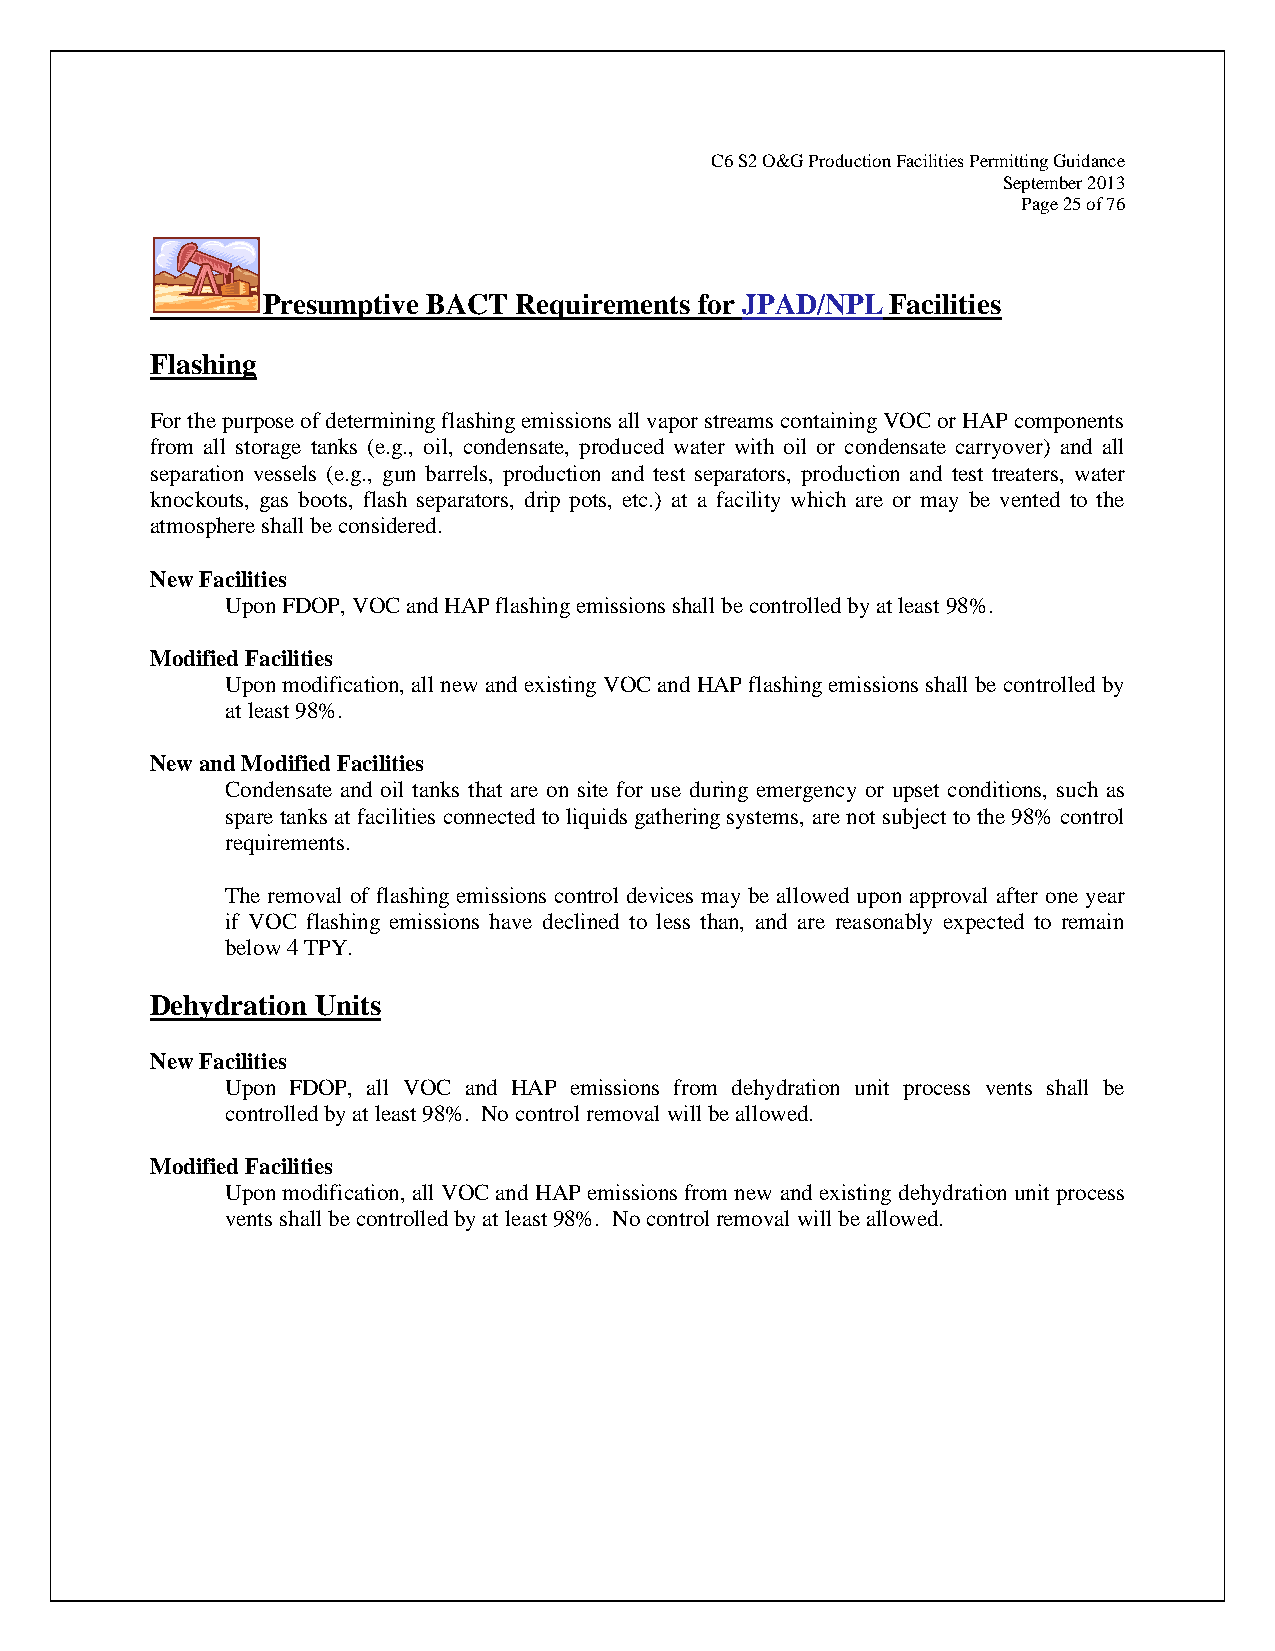
C6 S2 O&G Production Facilities Permitting Guidance
 September 2013
 Page 25 of 76
 Presumptive BACT Requirements for JPAD/NPL Facilities
 Flashing
 For the purpose of determining flashing emissions all vapor streams containing VOC or HAP components
 from all storage tanks (e.g., oil, condensate, produced water with oil or condensate carryover) and all
 separation vessels (e.g., gun barrels, production and test separators, production and test treaters, water
 knockouts, gas boots, flash separators, drip pots, etc.) at a facility which are or may be vented to the
 atmosphere shall be considered.
 New Facilities
 Upon FDOP, VOC and HAP flashing emissions shall be controlled by at least 98%.
 Modified Facilities
 Upon modification, all new and existing VOC and HAP flashing emissions shall be controlled by
 at least 98%.
 New and Modified Facilities
 Condensate and oil tanks that are on site for use during emergency or upset conditions, such as
 spare tanks at facilities connected to liquids gathering systems, are not subject to the 98% control
 requirements.
 The removal of flashing emissions control devices may be allowed upon approval after one year
 if VOC flashing emissions have declined to less than, and are reasonably expected to remain
 below 4 TPY.
 Dehydration Units
 New Facilities
 Upon FDOP, all VOC and HAP emissions from dehydration unit process vents shall be
 controlled by at least 98%. No control removal will be allowed.
 Modified Facilities
 Upon modification, all VOC and HAP emissions from new and existing dehydration unit process
 vents shall be controlled by at least 98%. No control removal will be allowed.